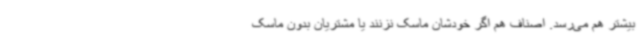
بیشتر هم می‌رسد. اصناف هم اگر خودشان ماسک نزنند یا مشتریان بدون ماسک